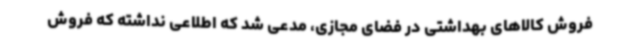
فروش کالاهای بهداشتی در فضای مجازی، مدعی شد که اطلاعی نداشته که فروش